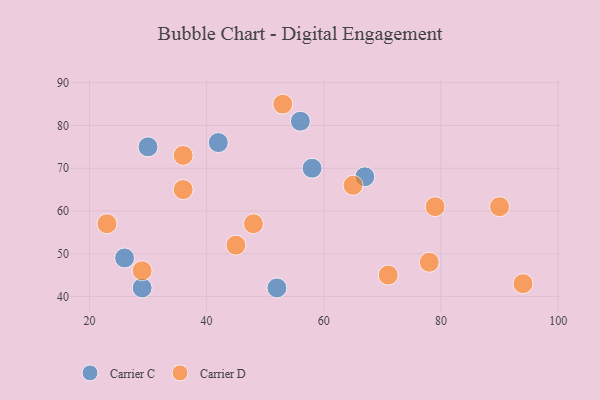
{"axis": {"x": "GDP", "y": "Life Expectancy"}, "legend": ["Carrier C", "Carrier D"], "data": [{"x": "67", "y": 68, "type": "Carrier C"}, {"x": "56", "y": 81, "type": "Carrier C"}, {"x": "30", "y": 75, "type": "Carrier C"}, {"x": "52", "y": 42, "type": "Carrier C"}, {"x": "42", "y": 76, "type": "Carrier C"}, {"x": "58", "y": 70, "type": "Carrier C"}, {"x": "29", "y": 42, "type": "Carrier C"}, {"x": "26", "y": 49, "type": "Carrier C"}, {"x": "79", "y": 61, "type": "Carrier D"}, {"x": "36", "y": 65, "type": "Carrier D"}, {"x": "78", "y": 48, "type": "Carrier D"}, {"x": "29", "y": 46, "type": "Carrier D"}, {"x": "94", "y": 43, "type": "Carrier D"}, {"x": "53", "y": 85, "type": "Carrier D"}, {"x": "23", "y": 57, "type": "Carrier D"}, {"x": "45", "y": 52, "type": "Carrier D"}, {"x": "48", "y": 57, "type": "Carrier D"}, {"x": "65", "y": 66, "type": "Carrier D"}, {"x": "36", "y": 73, "type": "Carrier D"}, {"x": "90", "y": 61, "type": "Carrier D"}, {"x": "71", "y": 45, "type": "Carrier D"}]}